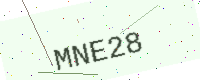
Text: MNE28